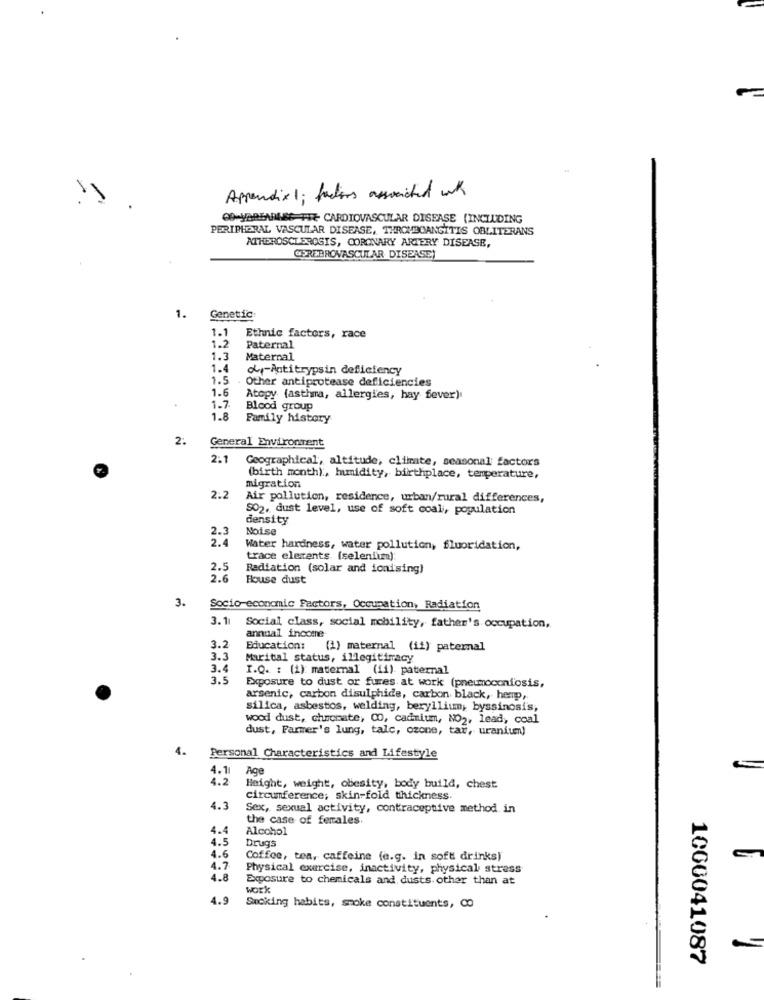
Appendix 1; factors associated with
CO-VaBEANS FIT CARDIOVASCULAR DISEASE (INCLUDING
PERIPHERAL VASCULAR DISEASE, THROMBOANGITIS OBLITERANS
ATHEROSCLEROSIS, CORONARY ARTERY DISEASE,
CEREBROVASCULAR DISEASE
1.
Genetic
1.2
1.1
Ethnic factors, race
Paternal
1.3
Maternal
1.4
obr-Antitrypsin deficiency
1.5 . Other antiprotease deficiencies
1.6
.
Atopy (asthma, allergies, hay fever).
1.7
Blood group
1.8
Family history
2.
General Environment
2:1
Geographical, altitude, climate, seasonal factors
migration
(birth month) :, humidity, birthplace, temperature,
2.2
Air pollution, residence, urban/rural differences,
SO2, dust level, use of soft coal, population
density
Noise
Water hardness, water pollution, fluoridation,
trace elements (selenium):
2.5
Radiation (solar and ionising)
2.6
House dust
3.
Socio-economic Factors, Occupation, Radiation
3.11
Social class, social mobility, father's occupation,
annual income
3.2
Education:
(1) maternal (ii) paternal
3.3
Marital status, illegitimacy
3.4
I.Q. : (1): maternal (ii) paternal
3.5
Exposure to dust or fures at work (pneumoconiosis,
arsenic, carbon disulphide, carbon black, hemp,
silica, asbestos, welding, beryllium, byssinosi's,
wood dust, chromate, CO, cadmium, NO2, lead, coal
dust, Farmer's lung, talc, ozone, tar, uranium)
4.
Personal Characteristics and Lifestyle
Age
4.1
4.2
Height, weight, obesity, body build, chest
circumference; skin-fold thickness.
4.3
Sex, sexual activity, contraceptive method in
the case of ferales.
4.4
Alcohol
4.5
4.6
Drugs
Coffee, tea, caffeine (e.g. in soft drinks)
4.7
Physical exercise, inactivity, physical stress
4.8
Exposure to chemicals and dusts other than at
work
4.9
Sucking habits, smoke constituents, CO
1000041087